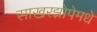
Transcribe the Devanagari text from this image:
साखरझोपेमधे